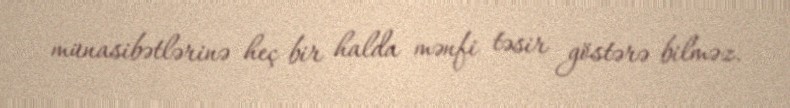
münasibətlərinə heç bir halda mənfi təsir göstərə bilməz.